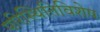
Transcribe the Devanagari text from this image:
परिस्थितिविशेष